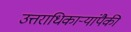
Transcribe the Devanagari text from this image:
उत्तराधिकाऱ्यांपैकी